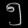
Digit: ၅